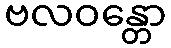
ဗလဝန္တော